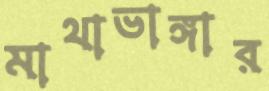
মাথাভাঙ্গার